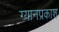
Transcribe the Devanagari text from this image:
ग्यानप्रकाश